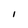
Character: I